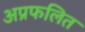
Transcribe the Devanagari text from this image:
अप्रफलित